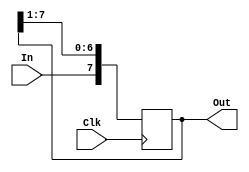
module shift_register_8 (output reg [7:0]Out, input Clk, input In);

always @(posedge Clk)
begin
      Out[7] <= In;
		Out[6] <= Out[7];
		Out[5] <= Out[6];
		Out[4] <= Out[5];
		Out[3] <= Out[4];
		Out[2] <= Out[3];
		Out[1] <= Out[2];
		Out[0] <= Out[1];
end
endmodule